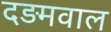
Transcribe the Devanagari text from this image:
दड़मवाल